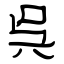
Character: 呉